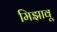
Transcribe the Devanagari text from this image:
मिझावू